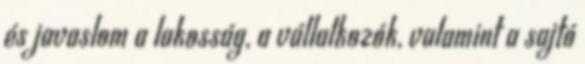
és javaslom a lakosság, a vállalkozók, valamint a sajtó